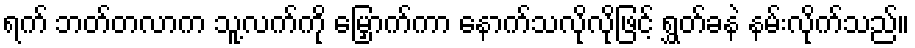
ရက် ဘတ်တလာက သူ့လက်ကို မြှောက်ကာ နောက်သလိုလိုဖြင့် ရွှတ်ခနဲ နမ်းလိုက်သည်။